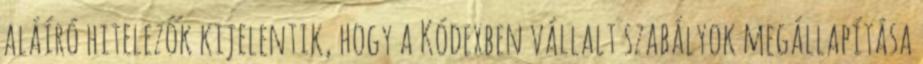
aláíró hitelezők kijelentik, hogy a Kódexben vállalt szabályok megállapítása